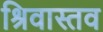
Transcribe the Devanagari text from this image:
श्रिवास्तव